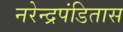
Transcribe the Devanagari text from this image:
नरेन्द्रपंडितास